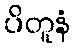
ပိတူနံ